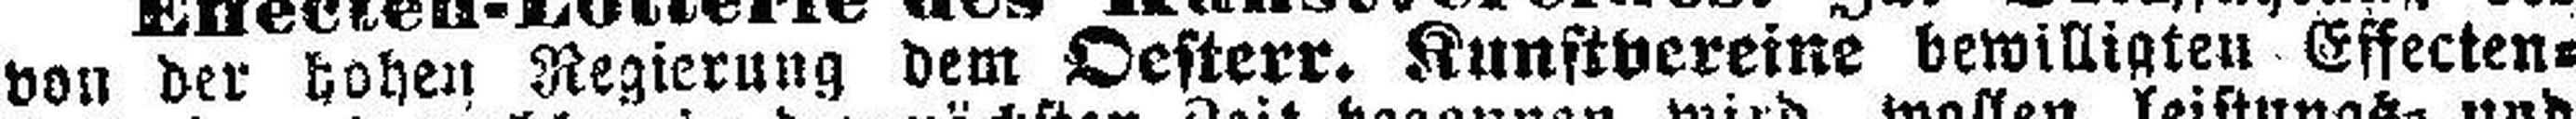
von der hohen Regierung dem Oesterr. Kunstvereine bewilligten Effecten=